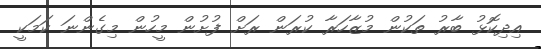
އިދިކޮޅު ބާރު ތަކުން މުޒާހަރާ ކުރަން ރަށް ފުށުން މީހުން މިގެންނަ ކަމަކީ